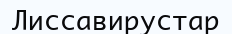
Лиссавирустар